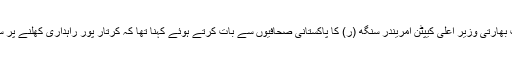
دُوسری جانب بھارتی وزیر اعلیٰ کیپٹن امریندر سنگھ (ر) کا پاکستانی صحافیوں سے بات کرتے ہوئے کہنا تھا کہ کرتار پور راہداری کھلنے پر سب خوش ہیں۔